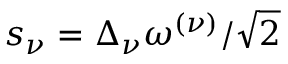
s _ { \nu } = \Delta _ { \nu } \omega ^ { ( \nu ) } / \sqrt { 2 }